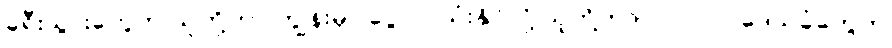
ခရီးသွားတွေက သူတို့ဟာ ကျွန်းမှာ ငွေလာသုံးနိုင်လို့ သူတို့ဘာလုပ်လုပ်၊ ဒေသခံတွေက